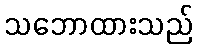
သဘောထားသည်